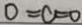
0 = c = 0